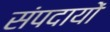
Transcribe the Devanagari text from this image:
संपदायों